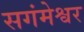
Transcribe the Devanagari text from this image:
सगंमेश्वर